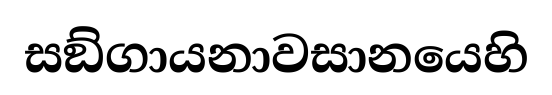
සඞ්ගායනාවසානයෙහි